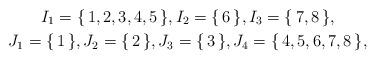
LaTeX: \begin{gather*}I_1 = \{\,1, 2, 3, 4, 5\,\}, I_2 = \{\, 6\,\}, I_3 = \{\, 7, 8\,\}, \\J_1 = \{\,1 \,\}, J_2 = \{\, 2\,\}, J_3 = \{\, 3\,\}, J_4 = \{\, 4, 5, 6, 7, 8\,\},\end{gather*}